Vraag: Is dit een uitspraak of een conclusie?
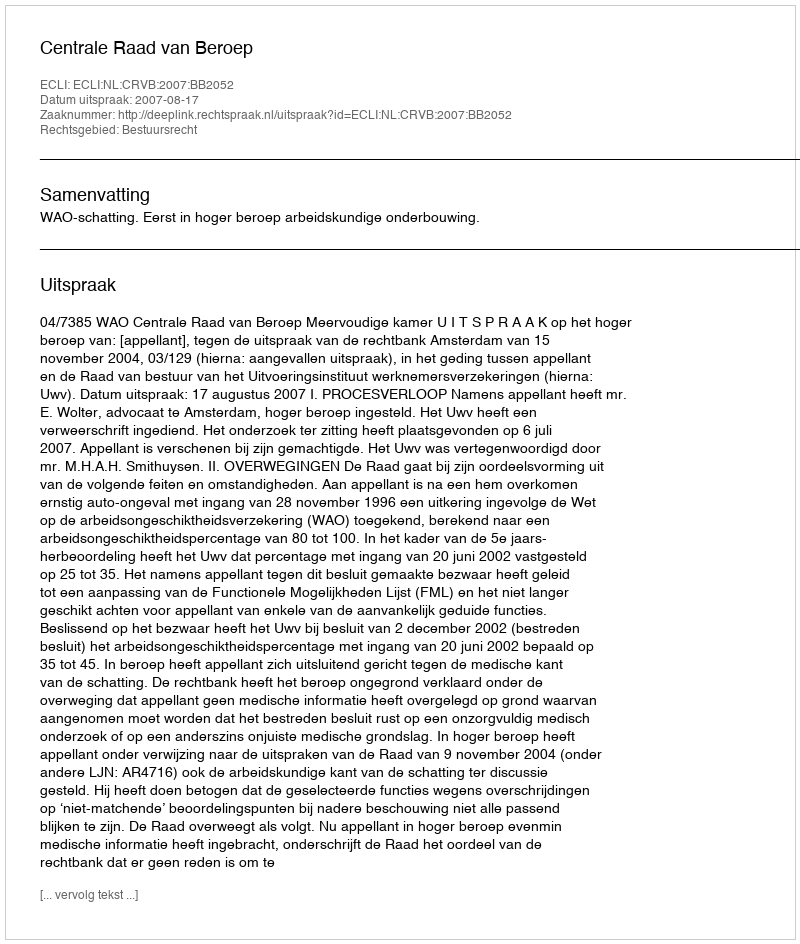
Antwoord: Uitspraak